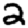
Digit: 2